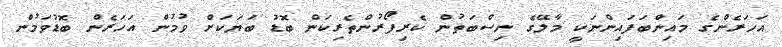
އަހަރެންގެ މައިންބަފައިންނަކީ މާލޭގެ ނިސްބަތުން ކެރިފޯރުންތެރިކަން ބޮޑު ބަޔަކަށް ވުމުން އަހަރެން ބޮޑުވަމުން